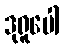
ဒုရူပေါ